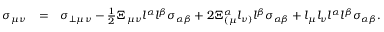
\begin{array} { r l r } { \sigma _ { \mu \nu } } & { = } & { \sigma _ { \perp \mu \nu } - \frac { 1 } { 2 } \Xi _ { \mu \nu } l ^ { \alpha } l ^ { \beta } \sigma _ { \alpha \beta } + 2 \Xi _ { ( \mu } ^ { \alpha } l _ { \nu ) } l ^ { \beta } \sigma _ { \alpha \beta } + l _ { \mu } l _ { \nu } l ^ { \alpha } l ^ { \beta } \sigma _ { \alpha \beta } . } \end{array}